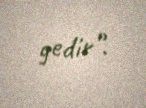
gedir”.